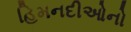
હિમનદીઓનો